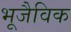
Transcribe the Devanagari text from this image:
भूजैविक